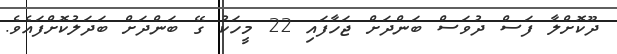
ދޫކޮށްލާ ފަސް ދުވަސް ބަންދަށް ޖަހާފައި 22 މީހަކު ގޭ ބަންދަށް ބަދަލުކޮށްފައެވެ.